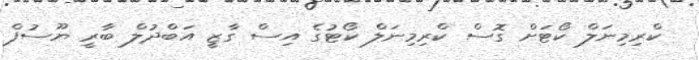
ކްރިމިނަލް ކޯޓަށް ގޮސް ކްރިމިނަލް ކޯޓުގެ އިސް ގާޒީ އަބްދުލް ބާރީ ޔޫސުފް